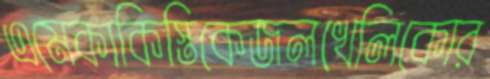
এমেকাকিস্তিকেজলখেলিকোর